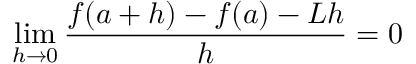
\operatorname* { l i m } _ { h \to 0 } { \frac { f ( a + h ) - f ( a ) - L h } { h } } = 0